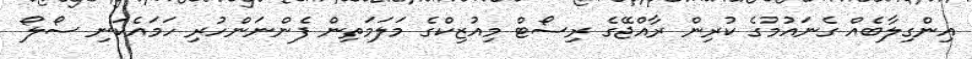
އިންގިލާބެއް ގެނައުމުގެ ކުރިން ރާއްޖޭގެ ރިސޯޓް މިއުޒިކްގެ މަލަމަތިން ފެންނަންހުރި ހަމައެކަނި ސޯލޯ